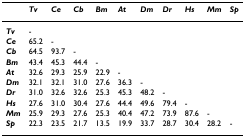
|  | Tv | Ce | Cb | Bm | At | Dm | Dr | Hs | Mm | Sp |
 | --- | --- | --- | --- | --- | --- | --- | --- | --- | --- | --- |
 | Tv | - |  |  |  |  |  |  |  |  |  |
 | Ce | 65.2 | - |  |  |  |  |  |  |  |  |
 | Cb | 64.5 | 93.7 | - |  |  |  |  |  |  |  |
 | Bm | 43.4 | 45.3 | 44.4 | - |  |  |  |  |  |  |
 | At | 32.6 | 29.3 | 25.9 | 22.9 | - |  |  |  |  |  |
 | Dm | 32.1 | 32.1 | 31.0 | 27.6 | 36.3 | - |  |  |  |  |
 | Dr | 31.0 | 32.6 | 32.6 | 25.3 | 45.3 | 48.2 | - |  |  |  |
 | Hs | 27.6 | 31.0 | 30.4 | 27.6 | 44.4 | 49.6 | 79.4 | - |  |  |
 | Mm | 25.9 | 29.3 | 27.6 | 25.3 | 40.4 | 47.2 | 73.9 | 87.6 | - |  |
 | Sp | 22.3 | 23.5 | 21.7 | 13.5 | 19.9 | 33.7 | 28.7 | 30.4 | 28.2 | - |